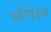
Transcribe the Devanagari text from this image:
परिपेक्ष्‍य